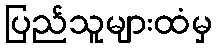
ပြည်သူများထံမှ